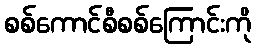
စစ်ကောင်စီစစ်ကြောင်းကို